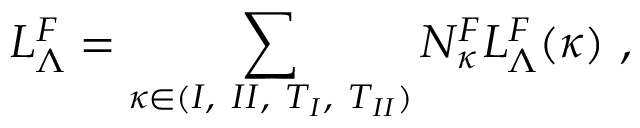
{ \cal L } _ { \Lambda } ^ { F } = \sum _ { \kappa \in { ( I , ~ I I , ~ T _ { I } , ~ T _ { I I } ) } } N _ { \kappa } ^ { F } { \cal L } _ { \Lambda } ^ { F } ( \kappa ) ~ ,